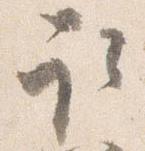
取